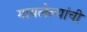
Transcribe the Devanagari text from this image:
गायलेल्यांची